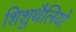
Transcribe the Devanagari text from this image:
शिशुथैलियों